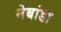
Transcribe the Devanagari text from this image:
नेबांडा